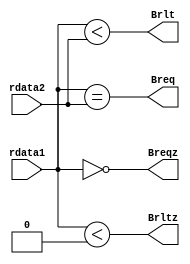
module bru (
  input [31:0] rdata1, rdata2,
  output Breq, Brlt, Breqz, Brltz
);

assign Breq = rdata1 == rdata2;

assign Brlt = $signed(rdata1) < $signed(rdata2);

assign Breqz = rdata1 == 32'b0;

assign Brltz = $signed(rdata1) < $signed(32'b0);
  
endmodule